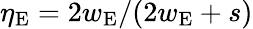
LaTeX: \eta_{\mathrm{E}}=2w_{\mathrm{E}}/(2w_{\mathrm{E}}+s)